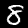
Digit: 8